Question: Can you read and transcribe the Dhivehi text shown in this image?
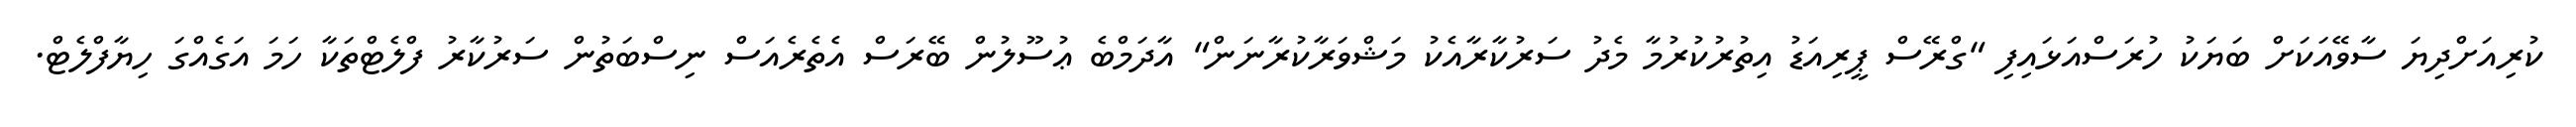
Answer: ކުރިއަށްދިޔަ ސާވޭއަކަށް ބަޔަކު ހުރަސްއަޅައިފި "ގްރޭސް ޕީރިއަޑު އިތުރުކުރުމާ މެދު ސަރުކާރާއެކު މަޝްވަރާކުރާނަން" އާދަމްބެ ޢުސޫލުން ބޭރަސް އެތެރެއަސް ނިސްބަތުން ސަރުކާރު ފްލެޓްތަކާ ހަމަ އަގެއްގަ ހިޔާފްލެޓް.